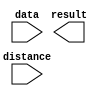
// megafunction wizard: %LPM_CLSHIFT%VBB%
// GENERATION: STANDARD
// VERSION: WM1.0
// MODULE: lpm_clshift 

// ============================================================
// Megafunction Name(s):
// 			lpm_clshift
//
// Simulation Library Files(s):
// 			
// ============================================================
// ************************************************************
// THIS IS A WIZARD-GENERATED FILE. DO NOT EDIT THIS FILE!
//
// 9.0 Build 132 02/25/2009 SJ Web Edition
// ************************************************************

//Copyright (C) 1991-2009 Altera Corporation
//Your use of Altera Corporation's design tools, logic functions 
//and other software and tools, and its AMPP partner logic 
//functions, and any output files from any of the foregoing 
//(including device programming or simulation files), and any 
//associated documentation or information are expressly subject 
//to the terms and conditions of the Altera Program License 
//Subscription Agreement, Altera MegaCore Function License 
//Agreement, or other applicable license agreement, including, 
//without limitation, that your use is for the sole purpose of 
//programming logic devices manufactured by Altera and sold by 
//Altera or its authorized distributors.  Please refer to the 
//applicable agreement for further details.

module right_rotate (
	data,
	distance,
	result);

	input	[31:0]  data;
	input	[4:0]  distance;
	output	[31:0]  result;

endmodule

// ============================================================
// CNX file retrieval info
// ============================================================
// Retrieval info: PRIVATE: INTENDED_DEVICE_FAMILY STRING "Stratix II"
// Retrieval info: PRIVATE: LPM_SHIFTTYPE NUMERIC "2"
// Retrieval info: PRIVATE: LPM_WIDTH NUMERIC "32"
// Retrieval info: PRIVATE: SYNTH_WRAPPER_GEN_POSTFIX STRING "0"
// Retrieval info: PRIVATE: lpm_width_varies NUMERIC "0"
// Retrieval info: PRIVATE: lpm_widthdist NUMERIC "5"
// Retrieval info: PRIVATE: lpm_widthdist_style NUMERIC "0"
// Retrieval info: PRIVATE: port_direction NUMERIC "1"
// Retrieval info: CONSTANT: LPM_SHIFTTYPE STRING "ROTATE"
// Retrieval info: CONSTANT: LPM_TYPE STRING "LPM_CLSHIFT"
// Retrieval info: CONSTANT: LPM_WIDTH NUMERIC "32"
// Retrieval info: CONSTANT: LPM_WIDTHDIST NUMERIC "5"
// Retrieval info: USED_PORT: data 0 0 32 0 INPUT NODEFVAL data[31..0]
// Retrieval info: USED_PORT: distance 0 0 5 0 INPUT NODEFVAL distance[4..0]
// Retrieval info: USED_PORT: result 0 0 32 0 OUTPUT NODEFVAL result[31..0]
// Retrieval info: CONNECT: @distance 0 0 5 0 distance 0 0 5 0
// Retrieval info: CONNECT: @data 0 0 32 0 data 0 0 32 0
// Retrieval info: CONNECT: result 0 0 32 0 @result 0 0 32 0
// Retrieval info: CONNECT: @direction 0 0 0 0 VCC 0 0 0 0
// Retrieval info: LIBRARY: lpm lpm.lpm_components.all
// Retrieval info: GEN_FILE: TYPE_NORMAL right_rotate.v TRUE
// Retrieval info: GEN_FILE: TYPE_NORMAL right_rotate.inc FALSE
// Retrieval info: GEN_FILE: TYPE_NORMAL right_rotate.cmp TRUE
// Retrieval info: GEN_FILE: TYPE_NORMAL right_rotate.bsf TRUE FALSE
// Retrieval info: GEN_FILE: TYPE_NORMAL right_rotate_inst.v FALSE
// Retrieval info: GEN_FILE: TYPE_NORMAL right_rotate_bb.v TRUE